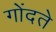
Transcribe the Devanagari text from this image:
गोंदते